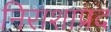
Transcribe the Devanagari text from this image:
निराशाप्रद